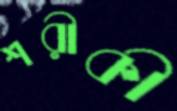
শরীকী